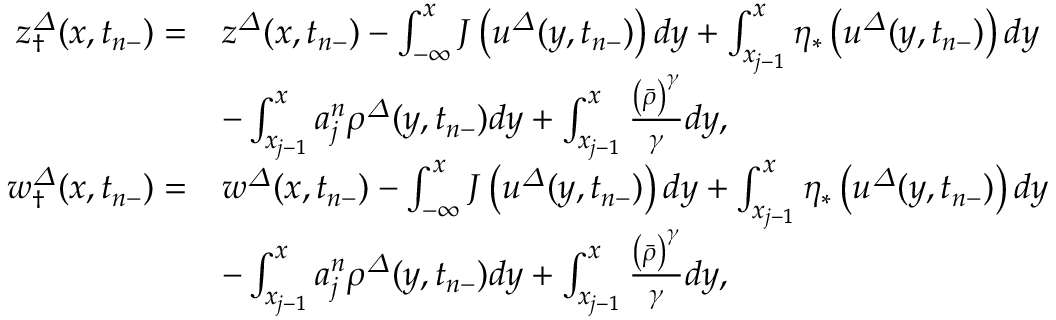
\begin{array} { r l } { { z } _ { \dagger } ^ { \varDelta } ( x , t _ { n - } ) = } & { { z } ^ { \varDelta } ( x , t _ { n - } ) - \int _ { - \infty } ^ { x } J \left( { u } ^ { \varDelta } ( y , t _ { n - } ) \right) d y + \int _ { x _ { j - 1 } } ^ { x } \eta _ { \ast } \left( { u } ^ { \varDelta } ( y , t _ { n - } ) \right) d y } \\ & { - \int _ { x _ { j - 1 } } ^ { x } a _ { j } ^ { n } { \rho } ^ { \varDelta } ( y , t _ { n - } ) d y + \int _ { x _ { j - 1 } } ^ { x } \frac { \left( \bar { \rho } \right) ^ { \gamma } } { \gamma } d y , } \\ { { w } _ { \dagger } ^ { \varDelta } ( x , t _ { n - } ) = } & { { w } ^ { \varDelta } ( x , t _ { n - } ) - \int _ { - \infty } ^ { x } J \left( { u } ^ { \varDelta } ( y , t _ { n - } ) \right) d y + \int _ { x _ { j - 1 } } ^ { x } \eta _ { \ast } \left( { u } ^ { \varDelta } ( y , t _ { n - } ) \right) d y } \\ & { - \int _ { x _ { j - 1 } } ^ { x } a _ { j } ^ { n } { \rho } ^ { \varDelta } ( y , t _ { n - } ) d y + \int _ { x _ { j - 1 } } ^ { x } \frac { \left( \bar { \rho } \right) ^ { \gamma } } { \gamma } d y , } \end{array}